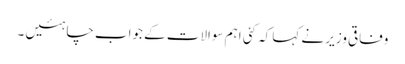
وفاقی وزیر نے کہا کہ کئی اہم سوالات کے جواب چاہئیں ۔